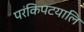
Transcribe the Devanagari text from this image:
परंकिपटयालि